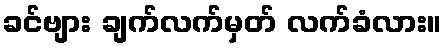
ခင်ဗျား ချက်လက်မှတ် လက်ခံလား။